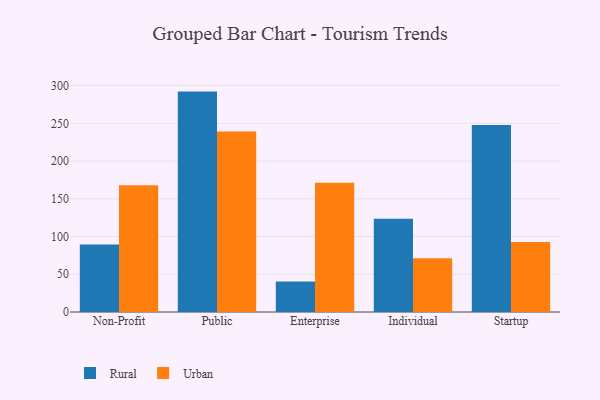
{"axis": {"x": "Segment", "y": "Active Users"}, "legend": ["Rural", "Urban"], "data": [{"x": "Non-Profit", "y": 89.5, "type": "Rural"}, {"x": "Non-Profit", "y": 167.9, "type": "Urban"}, {"x": "Public", "y": 292.1, "type": "Rural"}, {"x": "Public", "y": 239.3, "type": "Urban"}, {"x": "Enterprise", "y": 40.4, "type": "Rural"}, {"x": "Enterprise", "y": 171.4, "type": "Urban"}, {"x": "Individual", "y": 123.6, "type": "Rural"}, {"x": "Individual", "y": 71.4, "type": "Urban"}, {"x": "Startup", "y": 247.7, "type": "Rural"}, {"x": "Startup", "y": 92.8, "type": "Urban"}]}